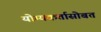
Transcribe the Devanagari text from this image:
योग्यकर्तासोबत